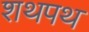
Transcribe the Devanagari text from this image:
शथपथ